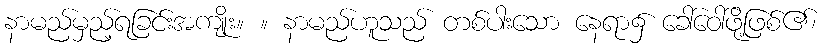
နာမည်မှည့်ရခြင်းအကျိုး။ ။ နာမည်ဟူသည် တစ်ပါးသော နေရာ၌ ခေါ်ဝေါ်ဖို့ဖြစ်၏၊